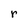
Character: r